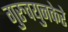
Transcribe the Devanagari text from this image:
गुरुवयुनकेरे